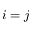
i = j